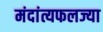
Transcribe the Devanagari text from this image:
मंदांत्यफलज्या